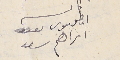
كاتب انطوىىوس اىراهم سعد